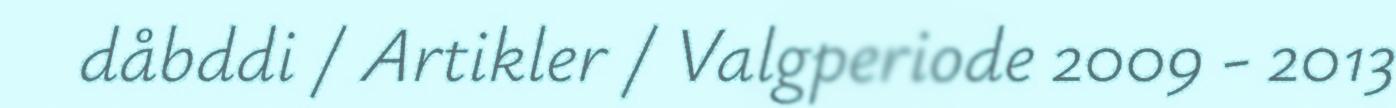
dåbddi / Artikler / Valgperiode 2009 - 2013